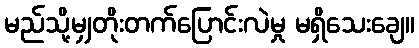
မည်သို့မျှတိုးတက်ပြောင်းလဲမှု မရှိသေးချေ။